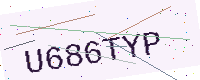
Text: U686TYP